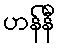
ဟန်နီ